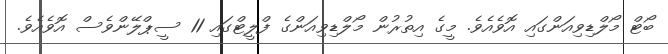
ބޯޓް މޯލްޑިވިއަންގައި އޮވެއެވެ. މީގެ އިތުރުން މޯލްޑިވިއަންގެ ފްލީޓްގައި 11 ސީޕްލޭންވެސް އޮވެއެވެ.